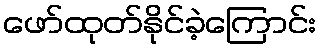
ဖော်ထုတ်နိုင်ခဲ့ကြောင်း